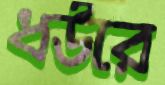
ধউরে